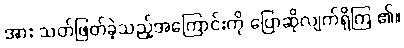
အား သတ်ဖြတ်ခဲ့သည့်အကြောင်းကို ပြောဆိုလျက်ရှိကြ ၏။